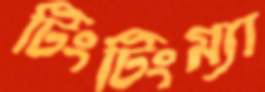
টিংটিংম্যা